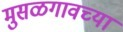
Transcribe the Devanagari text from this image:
मुसळगावच्या